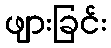
ဖျားခြင်း